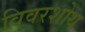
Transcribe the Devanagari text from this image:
विवरशोथ